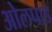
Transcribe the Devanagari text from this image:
ओलपाड